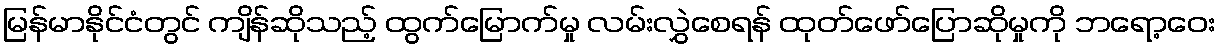
မြန်မာနိုင်ငံတွင် ကျိန်ဆိုသည့် ထွက်မြောက်မှု လမ်းလွှဲစေရန် ထုတ်ဖော်ပြောဆိုမှုကို ဘရော့ဝေး